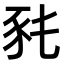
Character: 𧰭